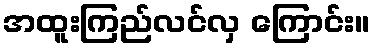
အထူးကြည်လင်လှ ကြောင်း။